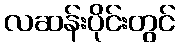
လဆန်းပိုင်းတွင်